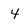
Character: 4